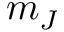
m _ { J }